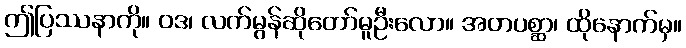
ဤပြဿနာကို။ ဝဒ၊ လက်မွန်ဆိုတော်မူဦးလော။ အတပစ္ဆာ၊ ထိုနောက်မှ။